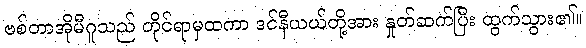
ဗစ်တာအိုမီဂူသည် တိုင်ရာမှထကာ ဒင်နီယယ်တို့အား နှုတ်ဆက်ပြီး ထွက်သွား၏။